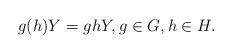
LaTeX: \begin{align*}g(h) Y = gh Y, g \in G, h \in H.\end{align*}